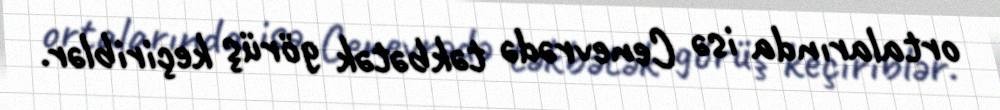
ortalarında isə Cenevrədə təkbətək görüş keçiriblər.